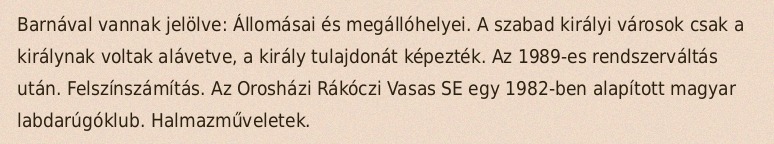
Barnával vannak jelölve: Állomásai és megállóhelyei. A szabad királyi városok csak a királynak voltak alávetve, a király tulajdonát képezték. Az 1989-es rendszerváltás után. Felszínszámítás. Az Orosházi Rákóczi Vasas SE egy 1982-ben alapított magyar labdarúgóklub. Halmazműveletek.